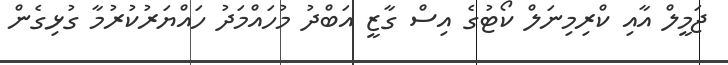
ޖަމީލް އާއި ކްރިމިނަލް ކޯޓުގެ އިސް ގާޒީ އަބްދު މުހައްމަދު ހައްޔަރުކުރުމާ ގުޅިގެން